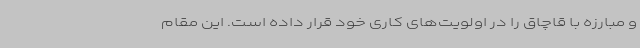
و مبارزه با قاچاق را در اولویت‌های کاری خود قرار داده است. این مقام